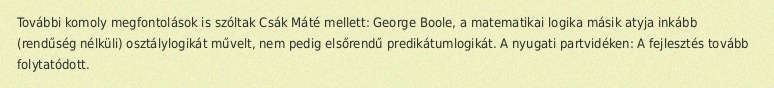
További komoly megfontolások is szóltak Csák Máté mellett: George Boole, a matematikai logika másik atyja inkább (rendűség nélküli) osztálylogikát művelt, nem pedig elsőrendű predikátumlogikát. A nyugati partvidéken: A fejlesztés tovább folytatódott.